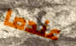
عندما